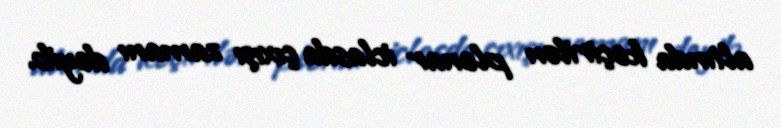
altında keçirilən plenar iclasda çıxışı zamanı deyib.